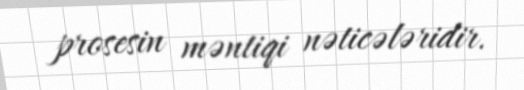
prosesin məntiqi nəticələridir.